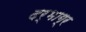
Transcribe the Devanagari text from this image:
दर्भाग्र